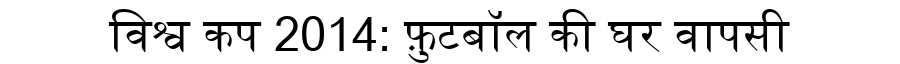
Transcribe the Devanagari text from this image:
विश्व कप 2014: फ़ुटबॉल की घर वापसी